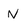
Character: n